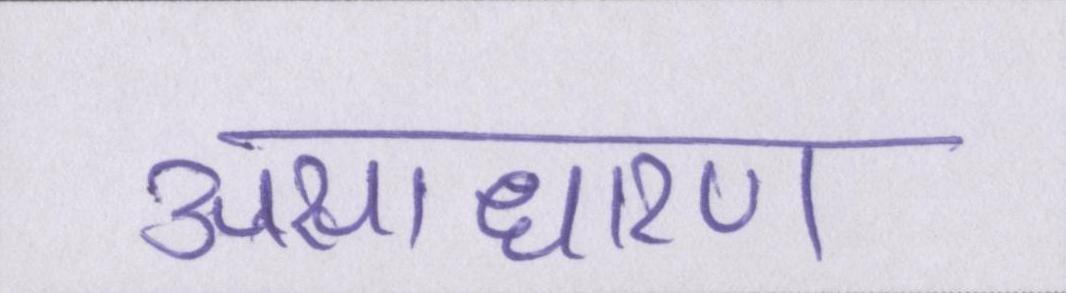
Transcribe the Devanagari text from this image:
असाधारण